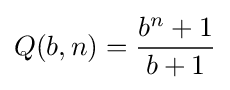
Q(b,n)={\frac {b^{n}+1}{b+1}}